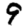
Digit: 9